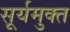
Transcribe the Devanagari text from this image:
सूर्यमुक्त